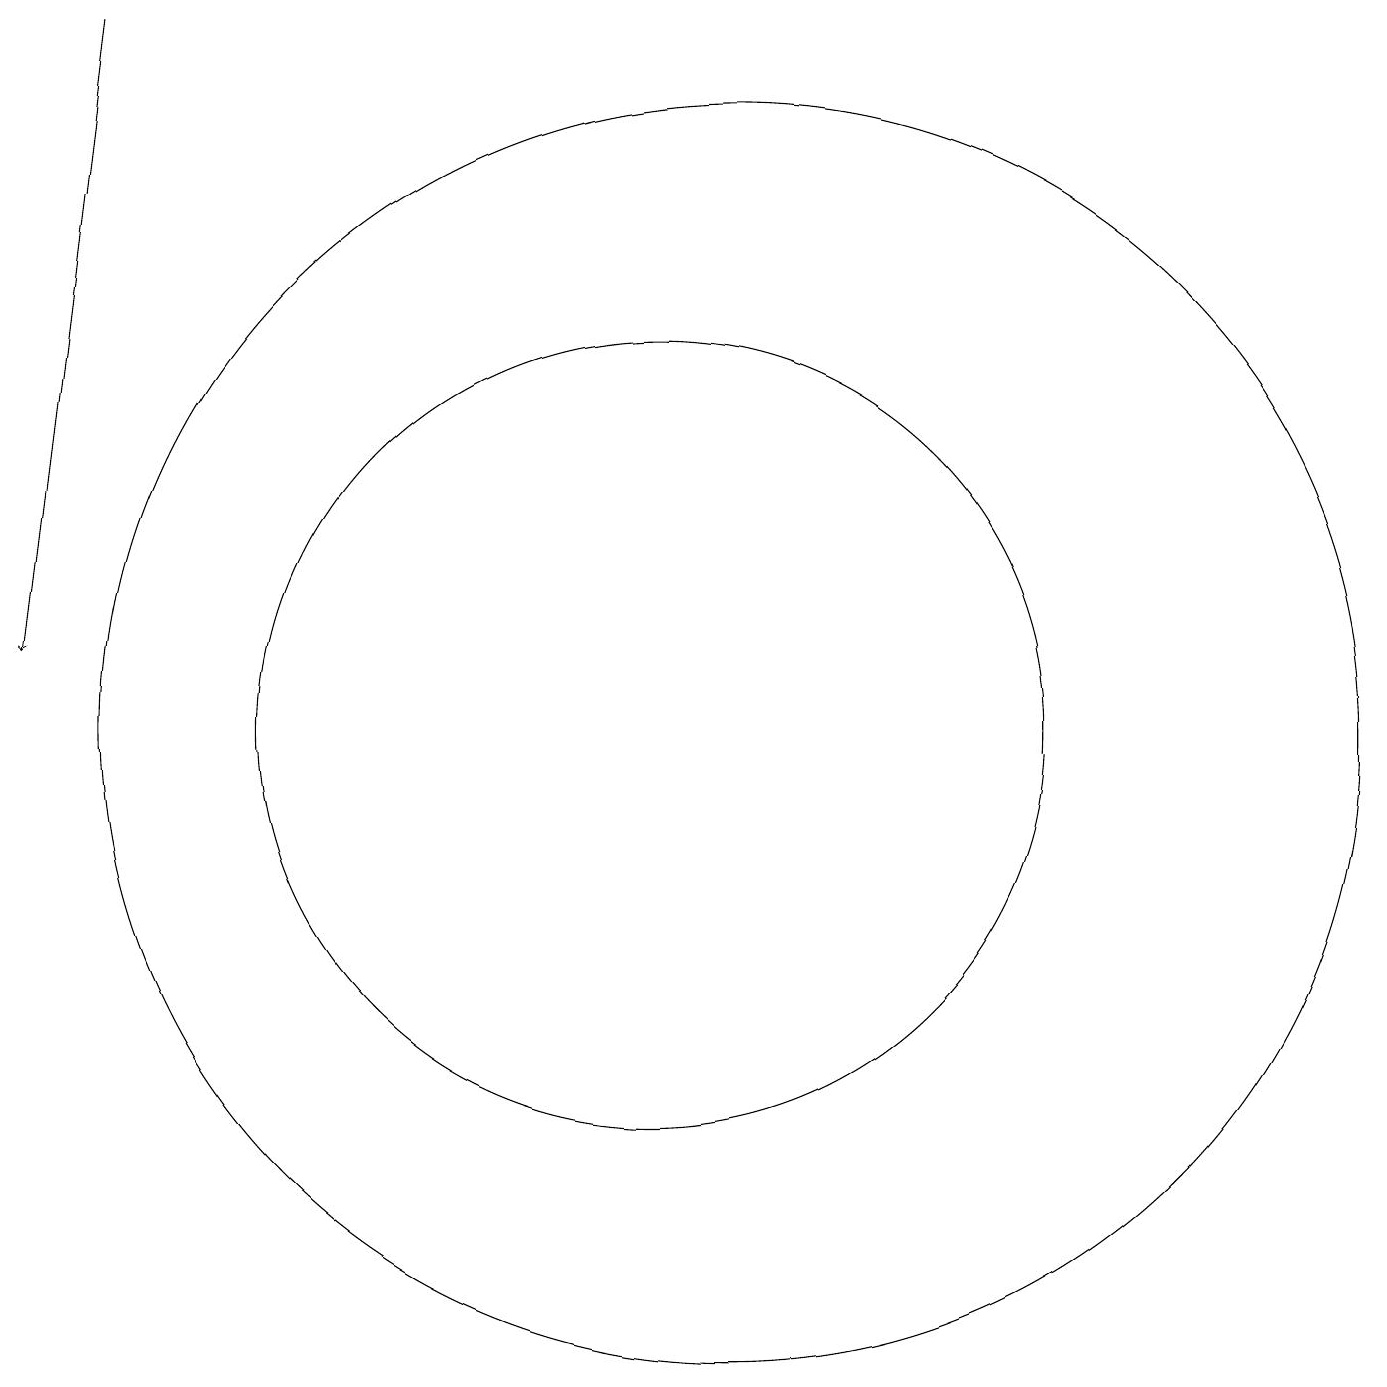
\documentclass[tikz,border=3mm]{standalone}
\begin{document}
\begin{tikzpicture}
\draw (11,10) circle (8);
\draw[->] (3,19) -- (2,11);
\draw (10,10) circle (5);
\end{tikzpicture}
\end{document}